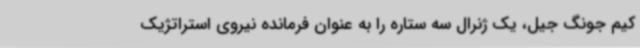
کیم جونگ جیل، یک ژنرال سه ستاره را به عنوان فرمانده نیروی استراتژیک